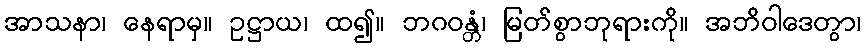
အာသနာ၊ နေရာမှ။ ဥဋ္ဌာယ၊ ထ၍။ ဘဂဝန္တံ၊ မြတ်စွာဘုရားကို။ အဘိဝါဒေတွာ၊